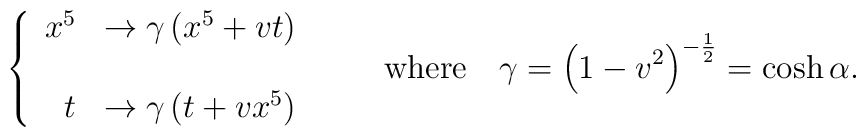
\left\{\begin{array}{rl}x^5 &\rightarrow\gamma\left(x^5+vt\right) \\ & \\t &\rightarrow\gamma\left(t+vx^5\right)\end{array}\right.\qquad{\rm where}\quad \gamma=\left(1-v^2\right)^{-{1\over2}}=\cosh\alpha.